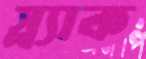
স্ল্যাক